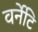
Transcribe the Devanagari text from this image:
वर्नेटि